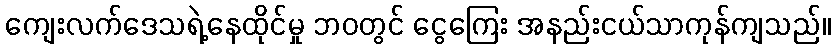
ကျေးလက်ဒေသရဲ့နေထိုင်မှု ဘဝတွင် ငွေကြေး အနည်းငယ်သာကုန်ကျသည်။